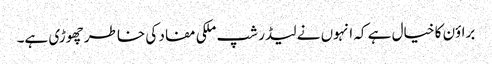
براؤن کا خیال ہے کہ انہوں نے لیڈر شپ ملکی مفاد کی خاطر چھوڑی ہے۔